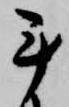
手